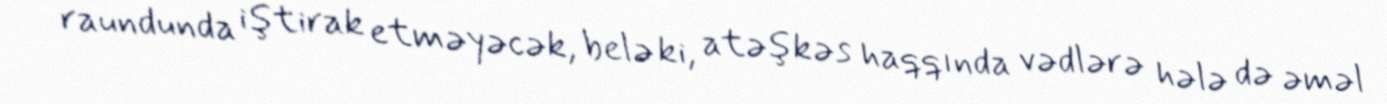
raundunda iştirak etməyəcək, belə ki, atəşkəs haqqında vədlərə hələ də əməl